Ajakirja_Uliopilasleht_toimetus, lk 36
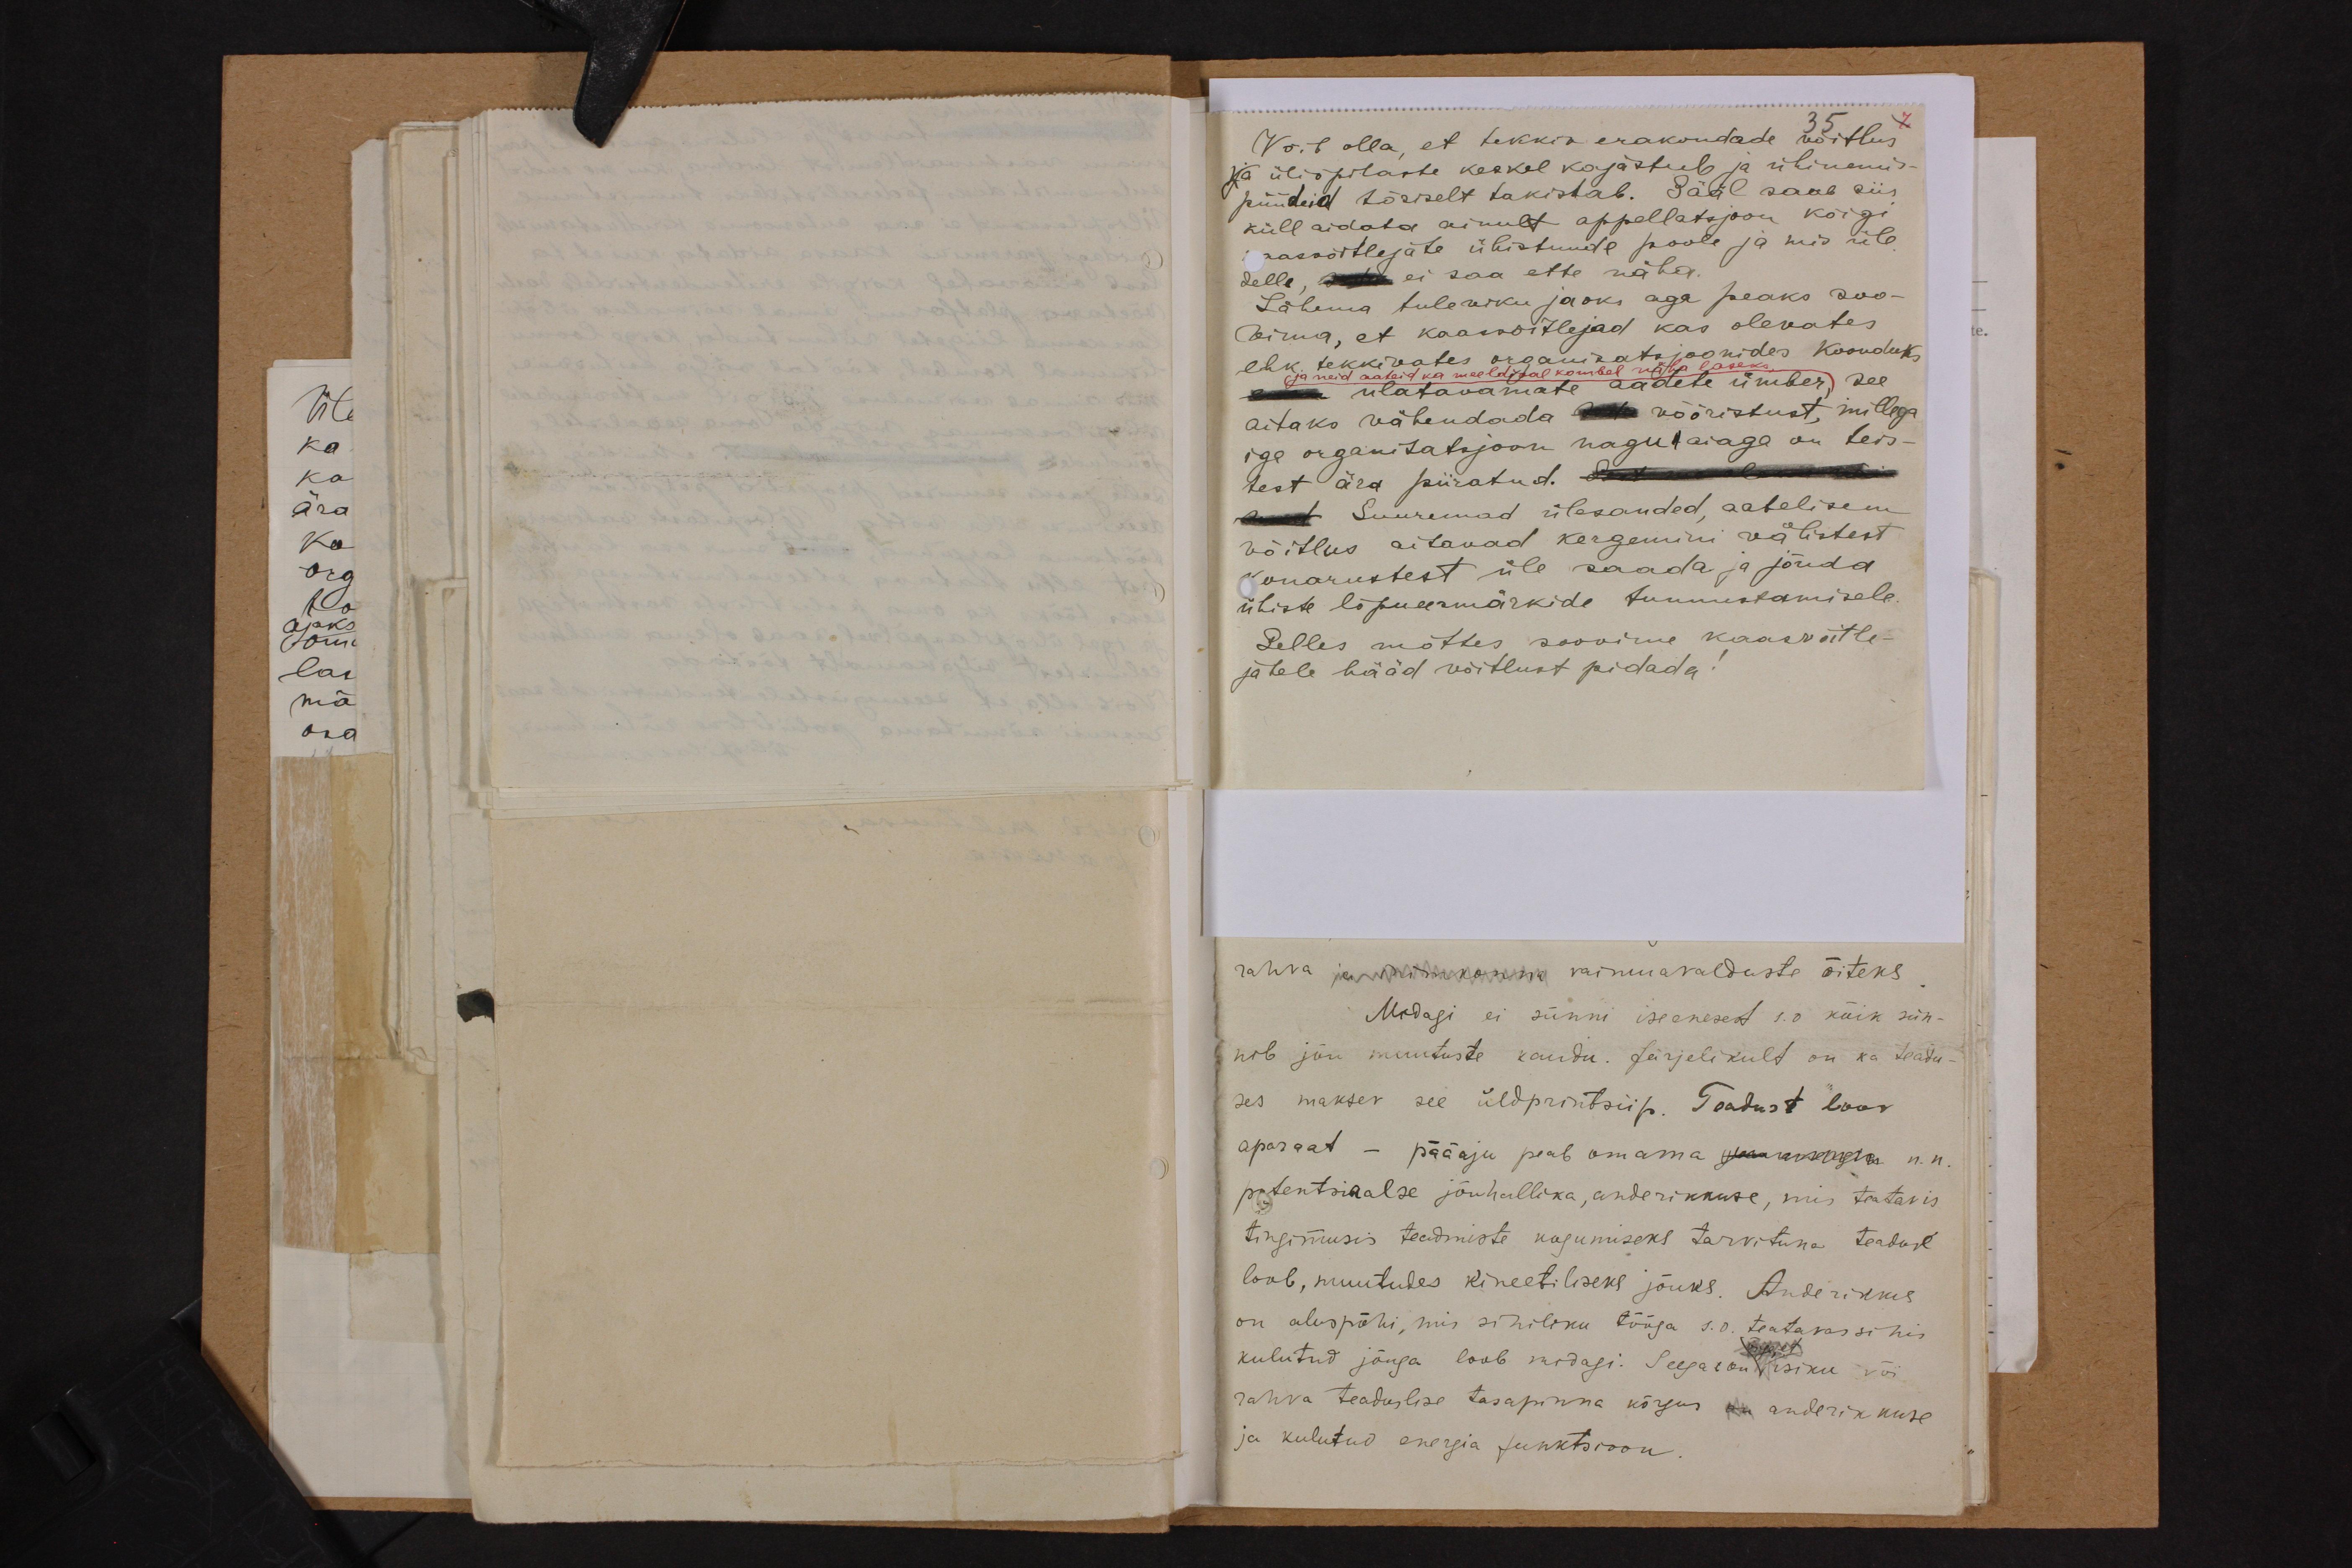
35
Võib olla, et tekkiv erakondade võitlus
ja üliõpilaste keskel kajastub ja ühinemis-
püüdeid tõsiselt takistab. Sääl saab siis
küll aidata ainult appellatsjoon kõigi
kaasvõitlejate ühistunde poole ja mis üle
selle, sedda ei saa ette näha.
Lähema tuleviku jaoks aga peaks soo-
vima, et kaasvõitlejad kas olevates
ehk tekkivates organisatsjoonides Koonduks
ja neid aateid ka meeldival kombel näha laseks
oma ulatavamate aadete ümber see
aitaks vähendada kui võõristust, millega
iga organitatsjoon nagu aiaga on teis-
test ära piiratud. Peet ma oleks tei-
sest Suuremad ülesanded, aatelisem
võitlus aitavad kergemini välistest
konarustest üle saada ja jõuda
ühiste lõpueesmärkide tunnustamisele.
Selles mõttes soovime kaasvõitle-
jatele hääd võitlust pidada.